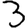
Digit: 3